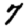
Digit: 7